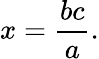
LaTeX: x={\frac{bc}{a}}.